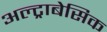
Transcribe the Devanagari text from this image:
अल्ट्राबेसिक